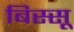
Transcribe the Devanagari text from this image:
बिस्सू